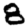
Digit: 8